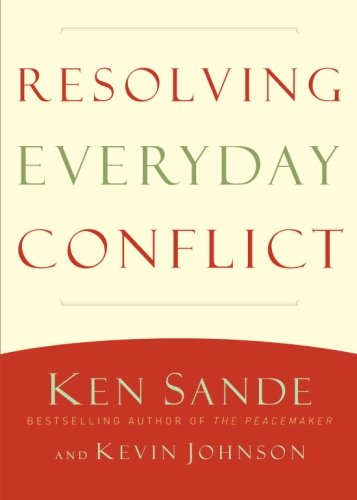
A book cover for Resolving Everyday Conflict; Ken Sande; Parenting & Relationships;